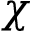
\chi